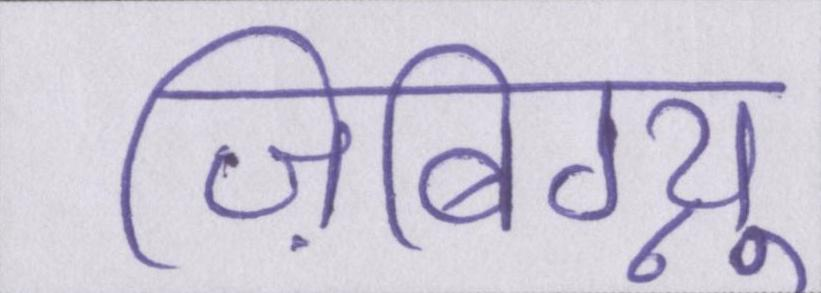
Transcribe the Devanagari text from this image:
ज़िबिग्न्यू